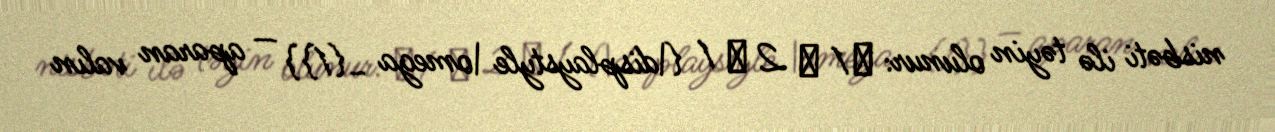
nisbəti ilə təyin olunur: ω 1 ω 2 ω 1 {\displaystyle \omega _{1}} — aparan valın